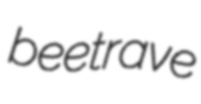
beetrave